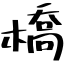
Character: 橋